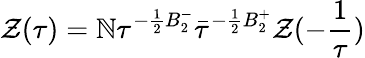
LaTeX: {\cal{Z}}(\tau{})={\cal\mathbb{N}}\tau^{-\frac{{1}}{{2}}B_{2}^{-}}\bar{{\tau}}^{-\frac{{1}}{{2}}B_{2}^{+}}{\cal{Z}}(-\frac{{1}}{{\tau}})